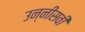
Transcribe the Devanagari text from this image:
उन्‍नीसवी